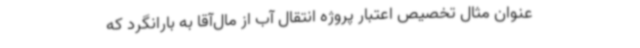
عنوان مثال تخصیص اعتبار پروژه انتقال آب از مال‌آقا به بارانگرد که